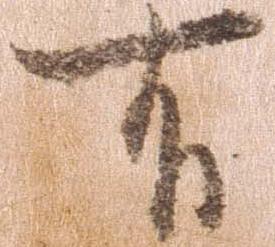
有